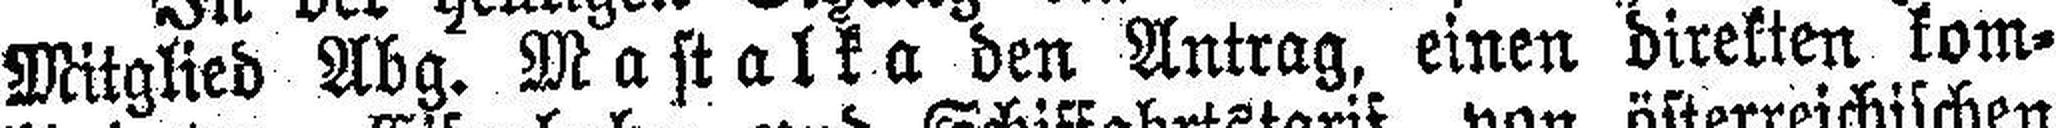
Mitglied Abg. Mastalka den Antrag, einen direkten kom¬